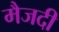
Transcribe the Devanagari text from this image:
मैजदी